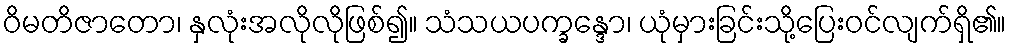
ဝိမတိဇာတော၊ နှလုံးအလိုလိုဖြစ်၍။ သံသယပက္ခန္ဒော၊ ယုံမှားခြင်းသို့ပြေးဝင်လျက်ရှိ၏။